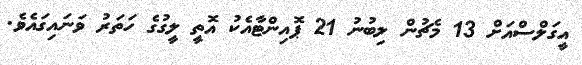
އީގަލްސްއަށް 13 މެޗުން ލިބުނު 21 ޕޮއިންޓާއެކު އޮތީ ލީގުގެ ހަތަރު ވަނައިގައެވެ.